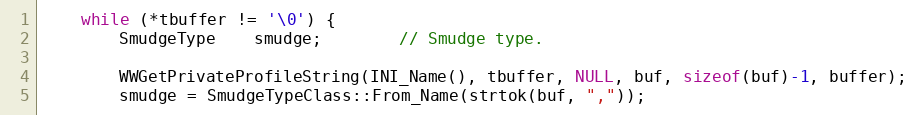
Language: C++
	while (*tbuffer != '\0') {
		SmudgeType	smudge;		// Smudge type.

		WWGetPrivateProfileString(INI_Name(), tbuffer, NULL, buf, sizeof(buf)-1, buffer);
		smudge = SmudgeTypeClass::From_Name(strtok(buf, ","));